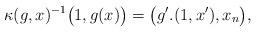
LaTeX: \begin{gather*}\kappa(g,x)^{-1} \big(1,g(x)\big) =\big(g'.(1,x'),x_n\big),\end{gather*}